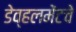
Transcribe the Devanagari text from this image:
डेव्हलमेंटचे